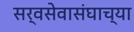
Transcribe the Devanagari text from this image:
सर्वसेवासंघाच्या